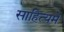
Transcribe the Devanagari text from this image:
साहित्यमें